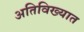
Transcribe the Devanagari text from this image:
अतिविख्यात